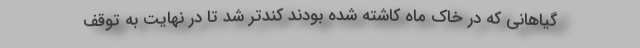
گیاهانی که در خاک ماه کاشته شده بودند کندتر شد تا در نهایت به توقف